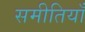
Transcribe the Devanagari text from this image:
समीतियाँ